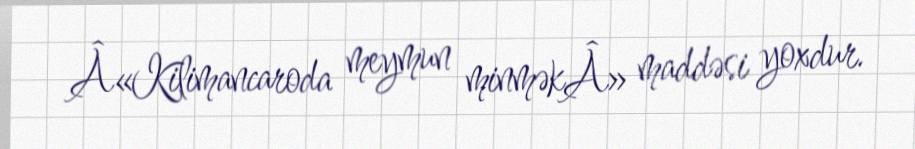
Â«Kilimancaroda meymun minməkÂ» maddəsi yoxdur.